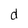
Character: d